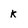
Character: k